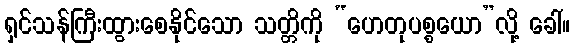
ရှင်သန်ကြီးထွားစေနိုင်သော သတ္တိကို “ဟေတုပစ္စယော”လို့ ခေါ်။